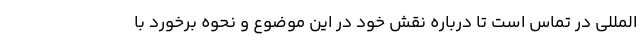
المللی در تماس است تا درباره نقش خود در این موضوع و نحوه برخورد با